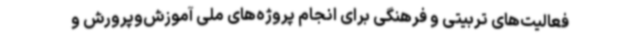
فعالیت‌های تربیتی و فرهنگی برای انجام پروژه‌های ملی آموزش‌وپرورش و